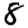
Digit: 8